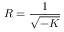
R = { \frac { 1 } { \sqrt { - K } } }